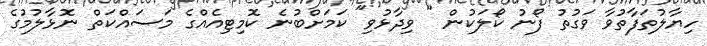
ހިޔާލުތަފާތުވާ ވަގުތު ފޯނު ކޯލަކުން " ވިދާޅުވި" ކަމަށްބުނެ ކޮމިޓިއެއްގެ މަސައްކަތް ނޮޅާލުމުގެ